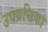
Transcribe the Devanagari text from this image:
उपग्रसिका